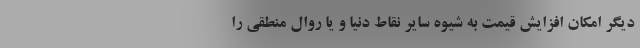
دیگر امکان افزایش قیمت به شیوه سایر نقاط دنیا و یا روال منطقی را